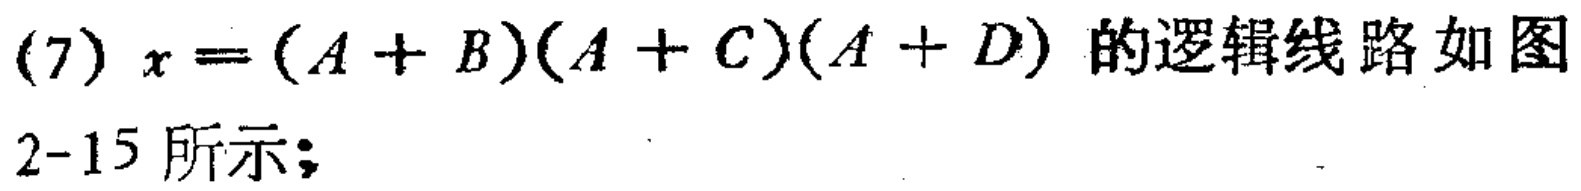
(7) \(x=(A + B)(A + C)(A + D)\) 的逻辑线路如图2-15所示；